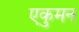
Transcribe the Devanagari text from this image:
एकुमन